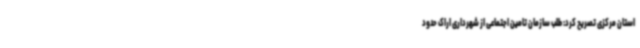
استان مرکزی تصریح کرد: طلب سازمان تامین اجتماعی از شهرداری اراک حدود